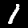
Label: 1